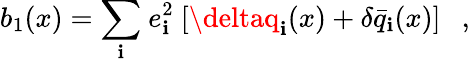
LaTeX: b_{1}(x)={\displaystyle\sum_{\mathbf{i}}}\ e_{\mathbf{i}}^{2}\ [\deltaq_{\mathbf{i}}(x)+\delta\bar{{q}}_{\mathbf{i}}(x)]\ \ \ ,